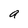
Character: a